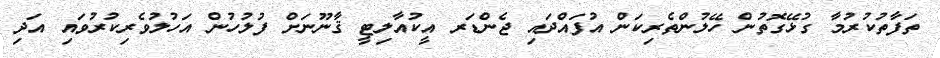
ތަފާތުކުރުމާ ގުޅޭގޮތުން ހޭލުންތެރިކަން އުފައްދައި ޖެންޑަރ އީކުއާލިޓީ ޤާނޫނަށް ފުލުހުން އަހުލުވެރިކުރުވައި އަދި